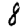
Digit: 8